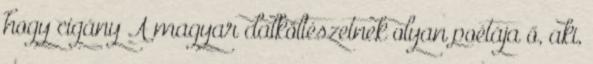
hogy cigány A magyar dalköltészetnek olyan poétája ő, aki,